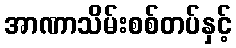
အာဏာသိမ်းစစ်တပ်နှင့်